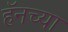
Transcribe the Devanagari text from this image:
हॅनच्या